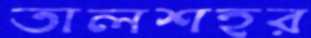
তালশহর